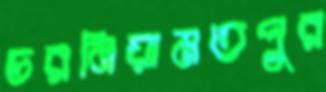
চরনিয়ামতপুর